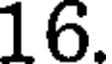
16.